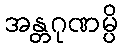
အန္တဂုဏမ္ပိ